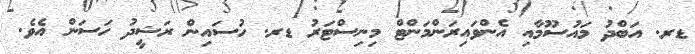
ޑރ. އަބްދު މައުސޫމާއި އެންވައިރަންމަންޓް މިނިސްޓަރު ޑރ. ހުސައިން ރަޝީދު ހަސަން އެވެ.